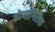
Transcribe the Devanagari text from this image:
द्रोणागिरीचा